Report on the Civil Veterinary Department, Eastern Bengal and Assam - 1907-1911
Year: 1907
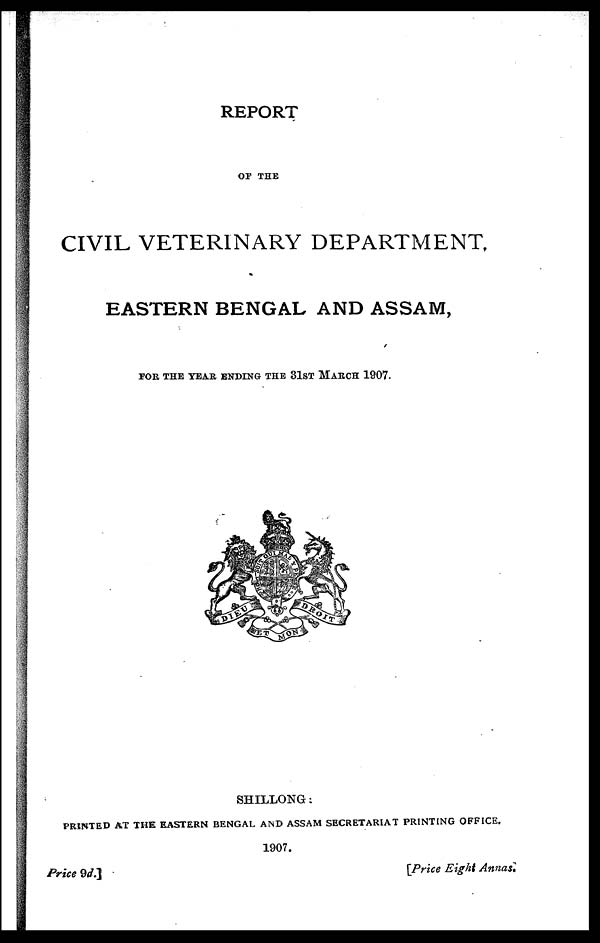
REPORT
OF THE
CIVIL VETERINARY DEPARTMENT,
EASTERN BENGAL AND ASSAM,
FOR THE TEAR ENDING THE 31ST MARCH 1907.
SHILLONG:
PRINTED AT THE EASTERN BENGAL AND ASSAM SECRETARIAT PRINTING OFFICE.
1907.
Price 9d.^
[Price
Eight Annas: